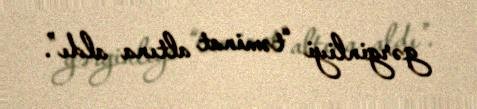
gərginliyi “təminat altına aldı”.